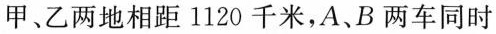
甲、乙两地相距1120千米，A、B两车同时